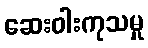
ဆေးဝါးကုသမှု